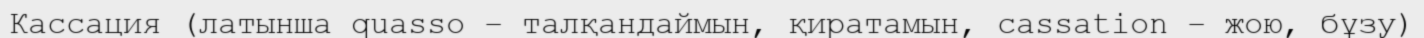
Кассация (латынша quasso – талқандаймын, қиратамын, cassatіon – жою, бұзу)